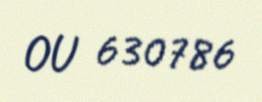
OU 630786